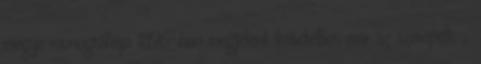
megye monográfiája 1896-ban megjelent kötetében már az szerepelt: „.